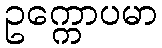
ဥက္ကောပမာ